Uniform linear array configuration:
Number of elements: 64
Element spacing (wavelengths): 1
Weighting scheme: binomial
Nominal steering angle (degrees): -30
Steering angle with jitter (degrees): -31.002
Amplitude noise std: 0.05
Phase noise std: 0.05

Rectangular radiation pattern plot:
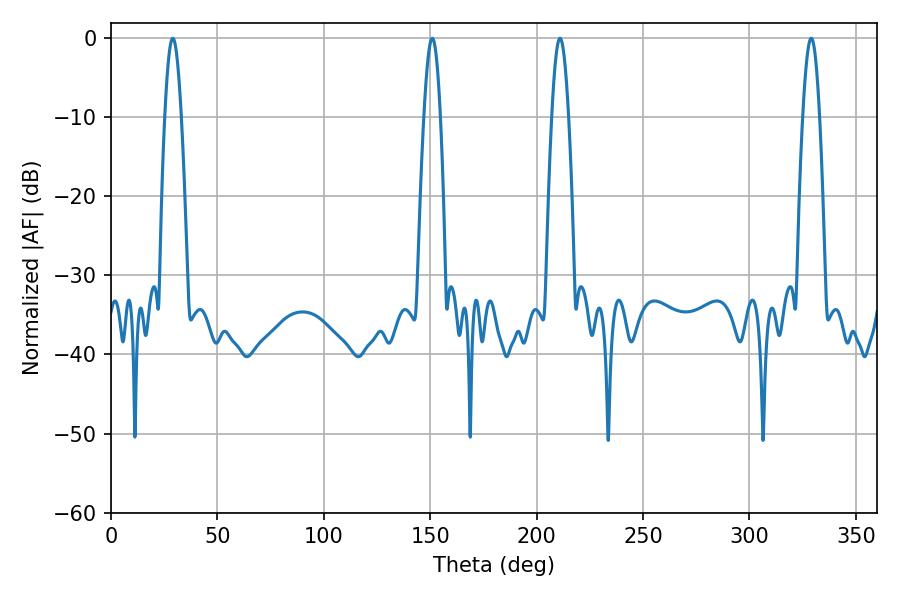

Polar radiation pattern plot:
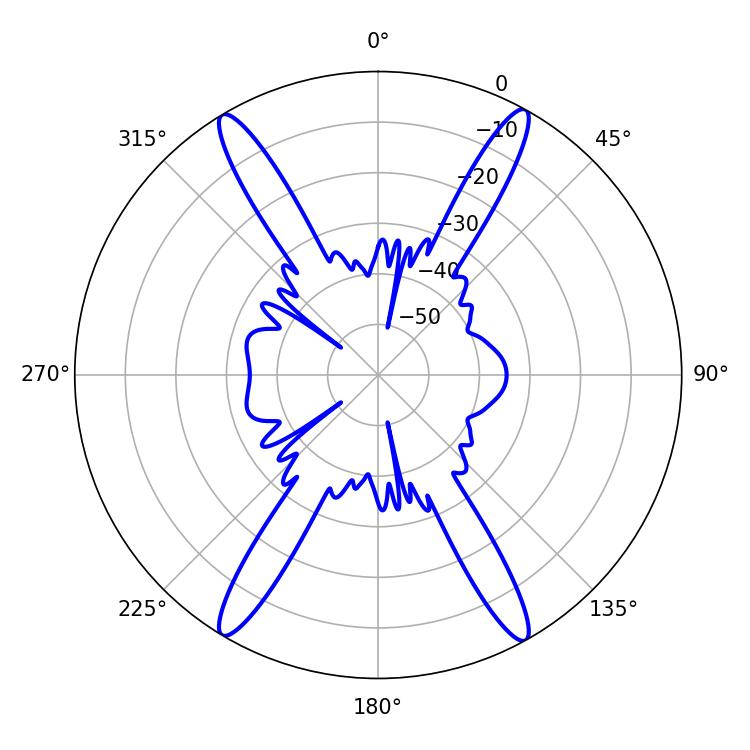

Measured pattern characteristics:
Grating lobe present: TRUE
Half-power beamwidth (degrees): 4.32
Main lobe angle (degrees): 210.96